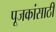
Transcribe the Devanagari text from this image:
पूजकांसाठी